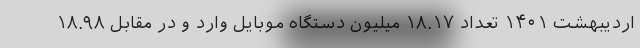
اردیبهشت ۱۴۰۱ تعداد ۱۸.۱۷ میلیون دستگاه موبایل وارد و در مقابل ۱۸.۹۸